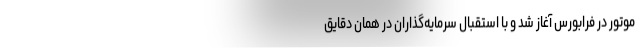
موتور در فرابورس آغاز شد و با استقبال سرمایه‌گذاران در همان دقایق